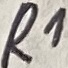
Text: R1